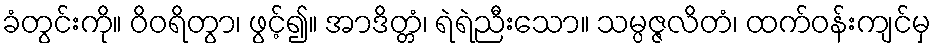
ခံတွင်းကို။ ဝိဝရိတွာ၊ ဖွင့်၍။ အာဒိတ္တံ၊ ရဲရဲညီးသော။ သမ္ပဇ္ဇလိတံ၊ ထက်ဝန်းကျင်မှ